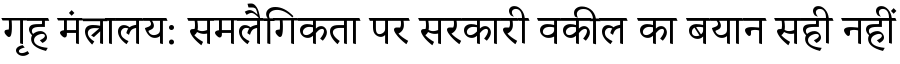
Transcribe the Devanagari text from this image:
गृह मंत्रालय: समलैगिकता पर सरकारी वकील का बयान सही नहीं